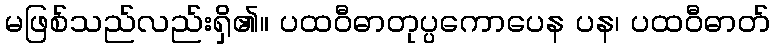
မဖြစ်သည်လည်းရှိ၏။ ပထဝီဓာတုပ္ပကောပေန ပန၊ ပထဝီဓာတ်